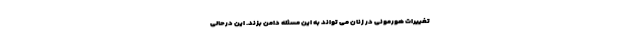
تغییرات هورمونی در زنان می تواند به این مسئله دامن بزند. این درحالی